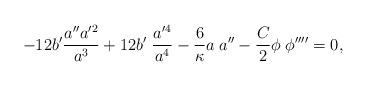
LaTeX: \begin{align*}-12 b'\frac{a''a'^2}{a^3}+12 b'\; \frac{a'^4}{a^4}-\frac{6}{\kappa}a\;a''-\frac{C}{2}\phi\;\phi''''=0,\end{align*}